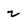
Character: 2